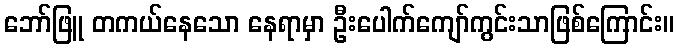
ဘော်ဖြူ တကယ်နေသော နေရာမှာ ဦးပေါက်ကျော်ကွင်းသာဖြစ်ကြောင်း။